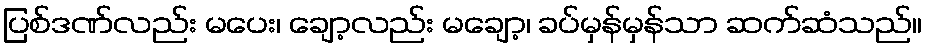
ပြစ်ဒဏ်လည်း မပေး၊ ချော့လည်း မချော့၊ ခပ်မှန်မှန်သာ ဆက်ဆံသည်။